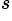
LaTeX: ^{s}